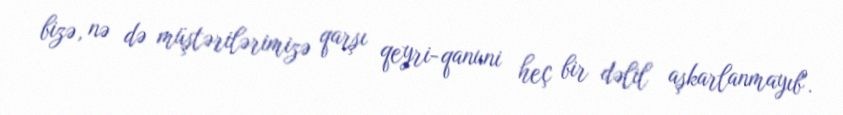
bizə, nə də müştərilərimizə qarşı qeyri-qanuni heç bir dəlil aşkarlanmayıb".